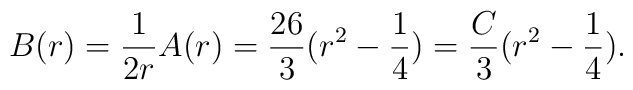
B(r)=\frac{1}{2r}A(r)=\frac{26}{3}(r^2-\frac{1}{4})=\frac{C}{3}(r^2-\frac{1}{4}).